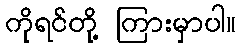
ကိုရင်တို့ ကြားမှာပါ။